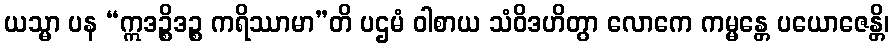
ယသ္မာ ပန “ဣဒဉ္စိဒဉ္စ ကရိဿာမာ”တိ ပဌမံ ဝါစာယ သံဝိဒဟိတွာ လောကေ ကမ္မန္တေ ပယောဇေန္တိ၊